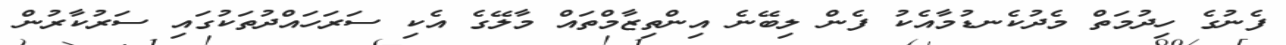
ފެނުގެ ހިދުމަތް މެދުކެނޑުމާއެކު ފެން ލިބޭނެ އިންތިޒާމްތައް މާލޭގެ އެކި ސަރަހައްދުތަކުގައި ސަރުކާރުން